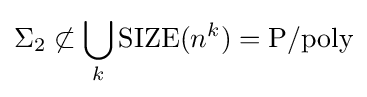
\Sigma _{2}\not \subset \bigcup _{k}\mathrm {SIZE} (n^{k})=\mathrm {P/poly}